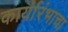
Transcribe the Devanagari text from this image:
कार्यारंभाचा